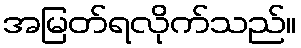
အမြတ်ရလိုက်သည်။